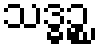
သဒ္ဓဉ္စ